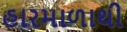
હારમાળાથી